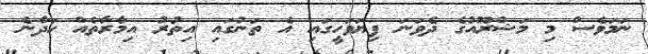
ނަމަވެސް މި މަޝްރޫއުގެ ދެވަނަ ފިޔަވަހީގައި އެ ތަނުގައި އިތުރު އިމާރާތެއް ހަދާނެ